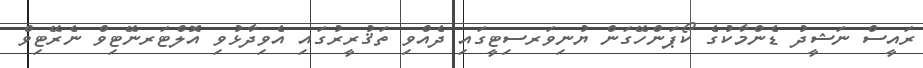
ރައީސް ނަޝީދު ޑެންމާކުގެ ކޯޕަންހޭގަން ޔުނިވަރސިޓީގައި ދެއްވި ތަޤުރީރުގައި އެވިދާޅުވި އޮލްޓަރނޭޓިވް ނެރޭޓިވް